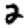
Digit: 2